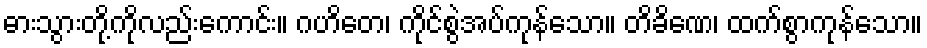
ဓားသွားတို့ကိုလည်းကောင်း။ ဂဟိတေ၊ ကိုင်စွဲအပ်ကုန်သော။ တိခိဏေ၊ ထက်စွာကုန်သော။